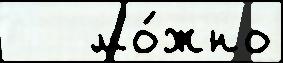
   мо́жно